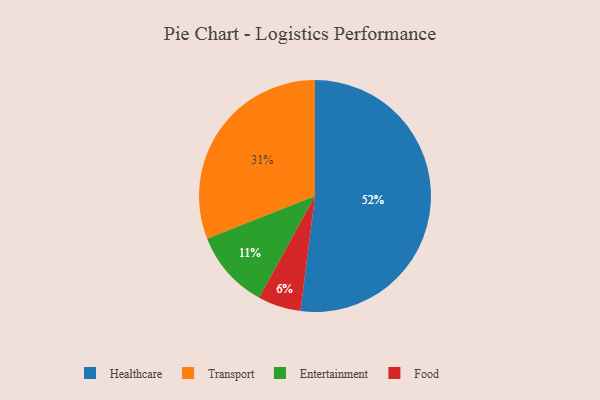
{"axis": {"x": "Category", "y": "Percentage"}, "legend": ["Entertainment", "Food", "Healthcare", "Transport"], "data": [{"x": "Healthcare", "y": 52, "type": "Healthcare"}, {"x": "Food", "y": 6, "type": "Food"}, {"x": "Entertainment", "y": 11, "type": "Entertainment"}, {"x": "Transport", "y": 31, "type": "Transport"}]}